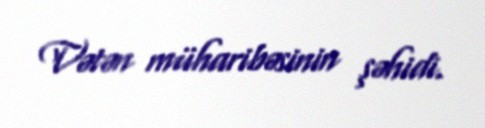
Vətən müharibəsinin şəhidi.